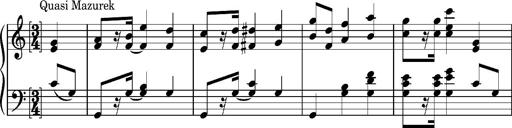
Title: Album-Leaf 'Quasi Mazurek'
Composer: Franz Liszt
Key: C major